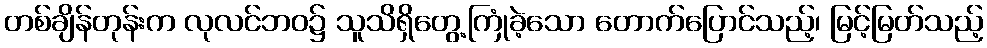
တစ်ချိန်တုန်းက လုလင်ဘဝ၌ သူသိရှိတွေ့ကြုံခဲ့သော တောက်ပြောင်သည့်၊ မြင့်မြတ်သည့်